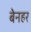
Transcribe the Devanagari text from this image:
बेनहर